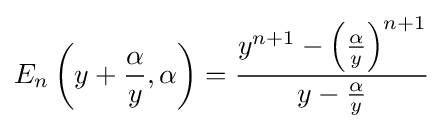
E_{n}\left(y+{\frac {\alpha }{y}},\alpha \right)={\frac {y^{n+1}-\left({\frac {\alpha }{y}}\right)^{n+1}}{y-{\frac {\alpha }{y}}}}